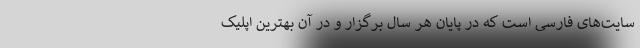
سایت‌های فارسی است که در پایان هر سال برگزار و در آن بهترین اپلیک